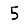
Digit: 5